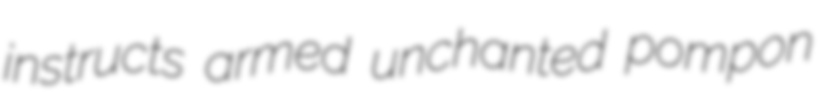
instructs armed unchanted pompon